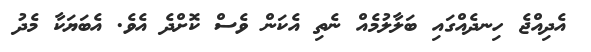
އެދިއްޖެ ހިނދެއްގައި ބަލާލުމެއް ނެތި އެކަން ވެސް ކޮށްދެ އެވެ. އެބަޔަކާ މެދު